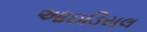
આઇડિયલ